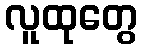
လူထုတွေ